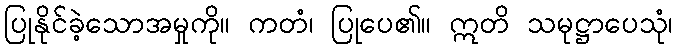
ပြုနိုင်ခဲ့သောအမှုကို။ ကတံ၊ ပြုပေ၏။ ဣတိ သမုဋ္ဌာပေသုံ၊